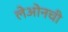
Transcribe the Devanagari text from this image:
लेओनची